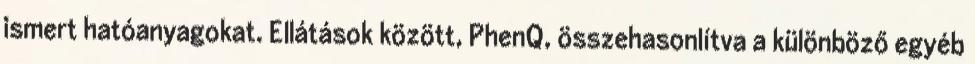
ismert hatóanyagokat. Ellátások között, PhenQ, összehasonlítva a különböző egyéb